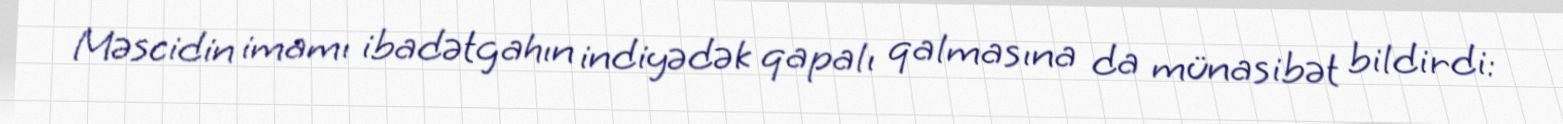
Məscidin imamı ibadətgahın indiyədək qapalı qalmasına da münasibət bildirdi: